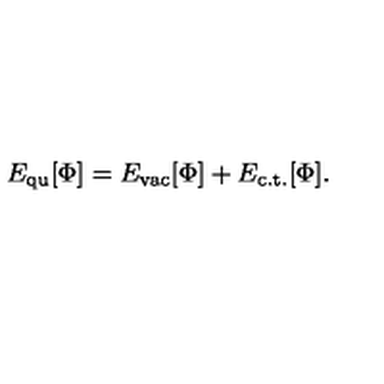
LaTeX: E _ { \mathrm { q u } } [ \Phi ] = E _ { \mathrm { v a c } } [ \Phi ] + E _ { \mathrm { c . t . } } [ \Phi ] .